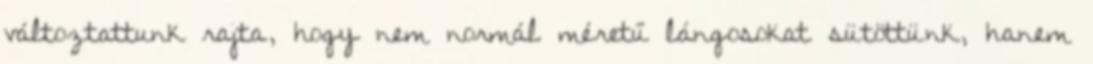
változtattunk rajta, hogy nem normál méretű lángosokat sütöttünk, hanem